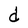
Character: d